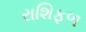
રાશિફળ